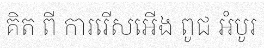
គិត ពី ការរើសអើង ពូជ អំបូរ